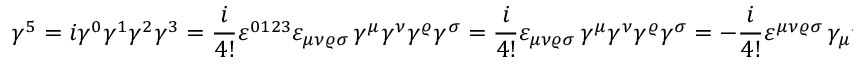
\gamma ^ { 5 } = i \gamma ^ { 0 } \gamma ^ { 1 } \gamma ^ { 2 } \gamma ^ { 3 } = { \frac { i } { 4 ! } } \varepsilon ^ { 0 1 2 3 } \varepsilon _ { \mu \nu \varrho \sigma } \, \gamma ^ { \mu } \gamma ^ { \nu } \gamma ^ { \varrho } \gamma ^ { \sigma } = { \frac { i } { 4 ! } } \varepsilon _ { \mu \nu \varrho \sigma } \, \gamma ^ { \mu } \gamma ^ { \nu } \gamma ^ { \varrho } \gamma ^ { \sigma } = - { \frac { i } { 4 ! } } \varepsilon ^ { \mu \nu \varrho \sigma } \, \gamma _ { \mu } \gamma _ { \nu } \gamma _ { \varrho } \gamma _ { \sigma }